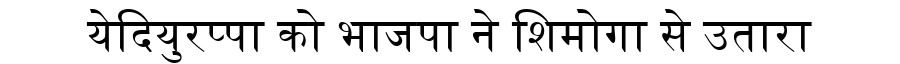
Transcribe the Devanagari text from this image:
येदियुरप्पा को भाजपा ने शिमोगा से उतारा